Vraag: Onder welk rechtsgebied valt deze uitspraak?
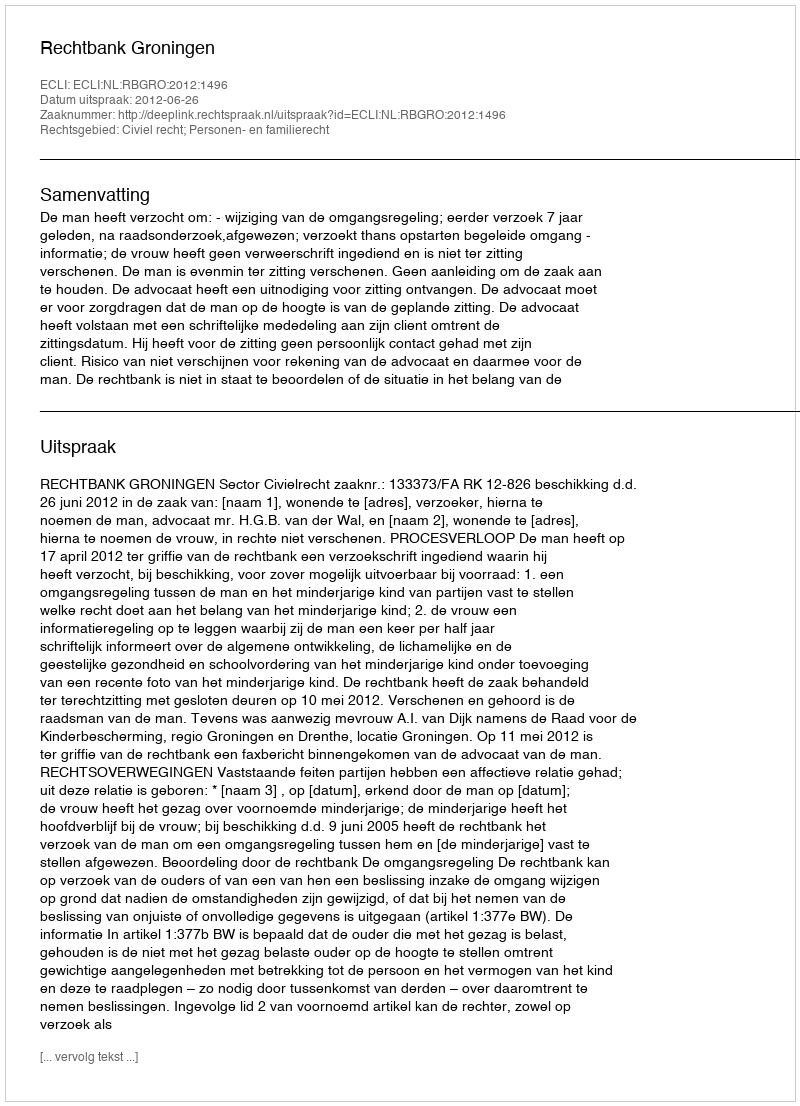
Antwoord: Civiel recht; Personen- en familierecht